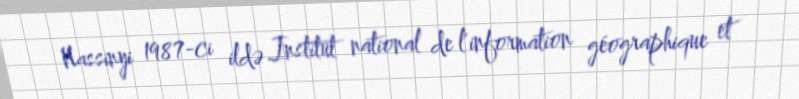
Nassinyi 1987-ci ildə Institut national de l'information géographique et